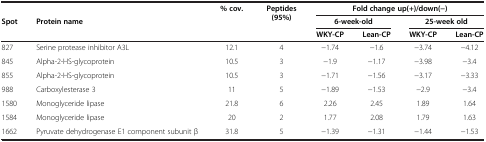
<table><thead><tr><td rowspan="2"><b>Spot</b></td><td rowspan="2"><b>Protein name</b></td><td rowspan="2"><b>% cov.</b></td><td rowspan="2"><b>Peptides (95%)</b></td><td colspan="4"><b>Fold change up(+)/down(-)</b></td></tr><tr><td colspan="2"><b>6-week-old</b></td><td colspan="2"><b>25-week old</b></td></tr><tr><td><b> </b></td><td><b> </b></td><td><b> </b></td><td><b> </b></td><td><b> </b></td><td><b> </b></td><td><b> </b></td><td><b> </b></td><td><b>WKY-CP</b></td><td><b>Lean-CP</b></td><td><b>WKY-CP</b></td><td><b>Lean-CP</b></td></tr></thead><tbody><tr><td>827</td><td>Serine protease inhibitor A3L</td><td>12.1</td><td>4</td><td>-1.74</td><td>-1.6</td><td>-3.74</td><td>-4.12</td></tr><tr><td>845</td><td>Alpha-2-HS-glycoprotein</td><td>10.5</td><td>3</td><td>-1.9</td><td>-1.17</td><td>-3.98</td><td>-3.4</td></tr><tr><td>855</td><td>Alpha-2-HS-glycoprotein</td><td>10.5</td><td>3</td><td>-1.71</td><td>-1.56</td><td>-3.17</td><td>-3.33</td></tr><tr><td>988</td><td>Carboxylesterase 3</td><td>11</td><td>5</td><td>-1.89</td><td>-1.53</td><td>-2.9</td><td>-3.4</td></tr><tr><td>1580</td><td>Monoglyceride lipase</td><td>21.8</td><td>6</td><td>2.26</td><td>2.45</td><td>1.89</td><td>1.64</td></tr><tr><td>1584</td><td>Monoglyceride lipase</td><td>20</td><td>2</td><td>1.77</td><td>2.08</td><td>1.79</td><td>1.63</td></tr><tr><td>1662</td><td>Pyruvate dehydrogenase E1 component subunit β</td><td>31.8</td><td>5</td><td>-1.39</td><td>-1.31</td><td>-1.44</td><td>-1.53</td></tr></tbody></table>